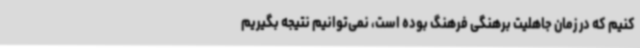
کنیم که در زمان جاهلیت برهنگی فرهنگ بوده است، نمی‌توانیم نتیجه بگیریم